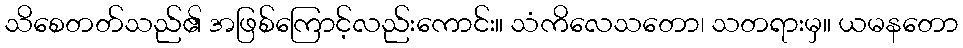
သိစေတတ်သည်၏ အဖြစ်ကြောင့်လည်းကောင်း။ သံကိလေသတော၊ သတရားမှ။ ယမနတော